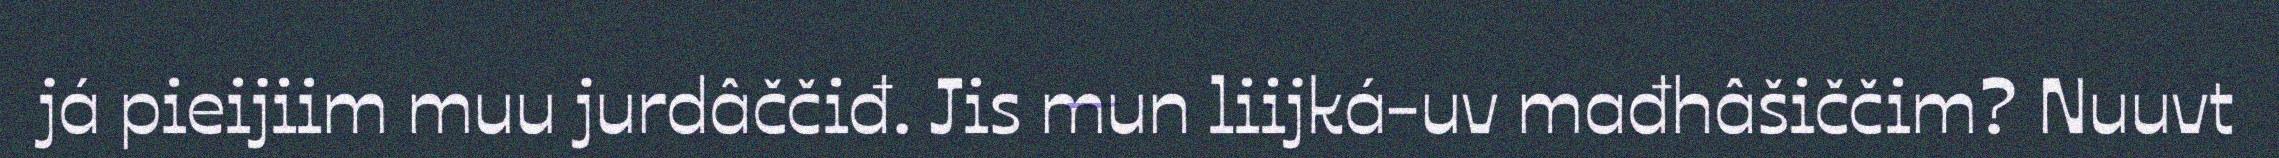
já pieijiim muu jurdâččiđ. Jis mun liijká-uv mađhâšiččim? Nuuvt